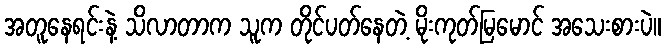
အတူနေရင်းနဲ့ သိလာတာက သူက တိုင်ပတ်နေတဲ့ မိုးကုတ်မြမောင် အသေးစားပဲ။